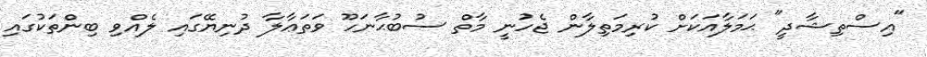
"އިސްތިޝާދީ" ޙަމަލާއަކަށް ކުރިމަތިލާން ޖެހުނީ މާތް ސުބުޙާނަހޫ ވަތަޢާލާ ދުނިޔޭގައި ލެއްވި ބިންތަކުގައި